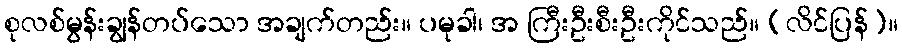
စုလစ်မွန်းချွန်တပ်သော အချက်တည်း။ ပမုခါ၊ အ ကြီးဦးစီးဦးကိုင်သည်။ (လိင်ပြန်)။